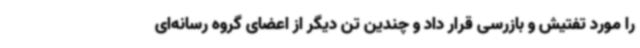
را مورد تفتیش و بازرسی قرار داد و چندین تن دیگر از اعضای گروه رسانه‌ای